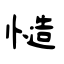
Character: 慥